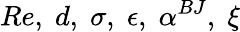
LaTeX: Re,\; d,\; \sigma,\; \epsilon,\; \alpha^{BJ},\; \xi